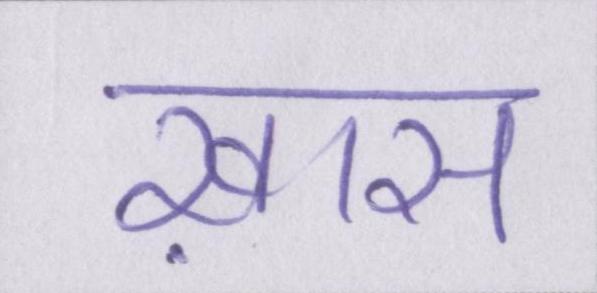
ख़ास